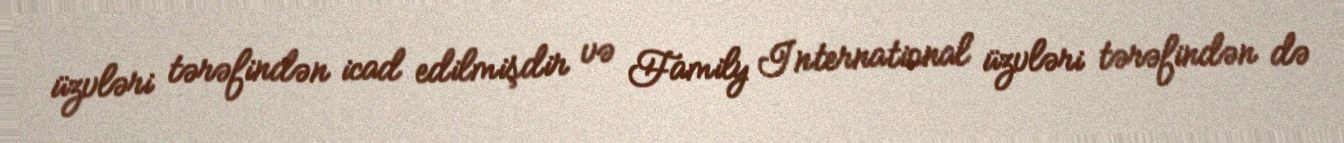
üzvləri tərəfindən icad edilmişdir və Family International üzvləri tərəfindən də